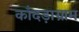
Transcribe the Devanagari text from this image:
काँदड़ाग्राम